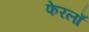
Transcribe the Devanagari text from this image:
फेरलाँ